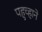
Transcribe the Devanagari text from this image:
पहुच्हाने